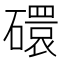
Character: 𬒥